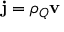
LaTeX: \mathbf { j } = \rho _ { Q } \mathbf { v }